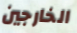
الخارجين